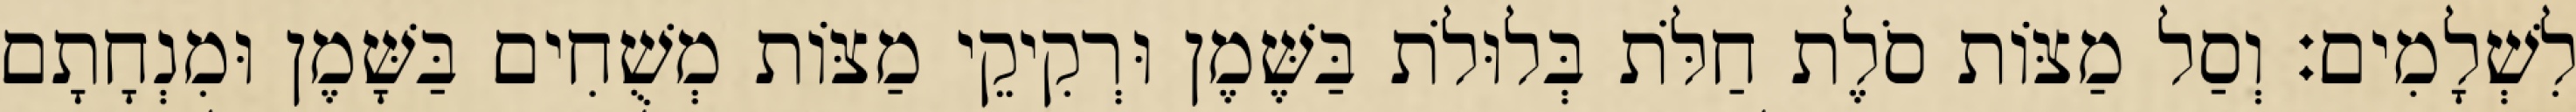
לִשְׁלָמִים׃ וְסַל מַצּוֹת סֹלֶת חַלֹּת בְּלוּלֹת בַּשֶּׁמֶן וּרְקִיקֵי מַצּוֹת מְשֻׁחִים בַּשָּׁמֶן וּמִנְחָתָם